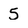
Character: 5